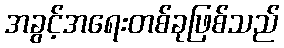
အခွင့်အရေးတစ်ခုဖြစ်သည်